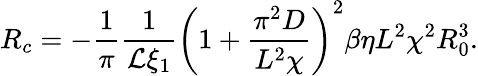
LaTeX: R_{c}=-\frac{1}{\pi}\frac{1}{\mathcal{L}\xi_{1}}\left(1+\frac{\pi^{2}D}{L^{2}\chi}\right)^{2}\beta\eta L^{2}\chi^{2}R_{0}^{3}.